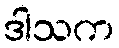
ဒါသက